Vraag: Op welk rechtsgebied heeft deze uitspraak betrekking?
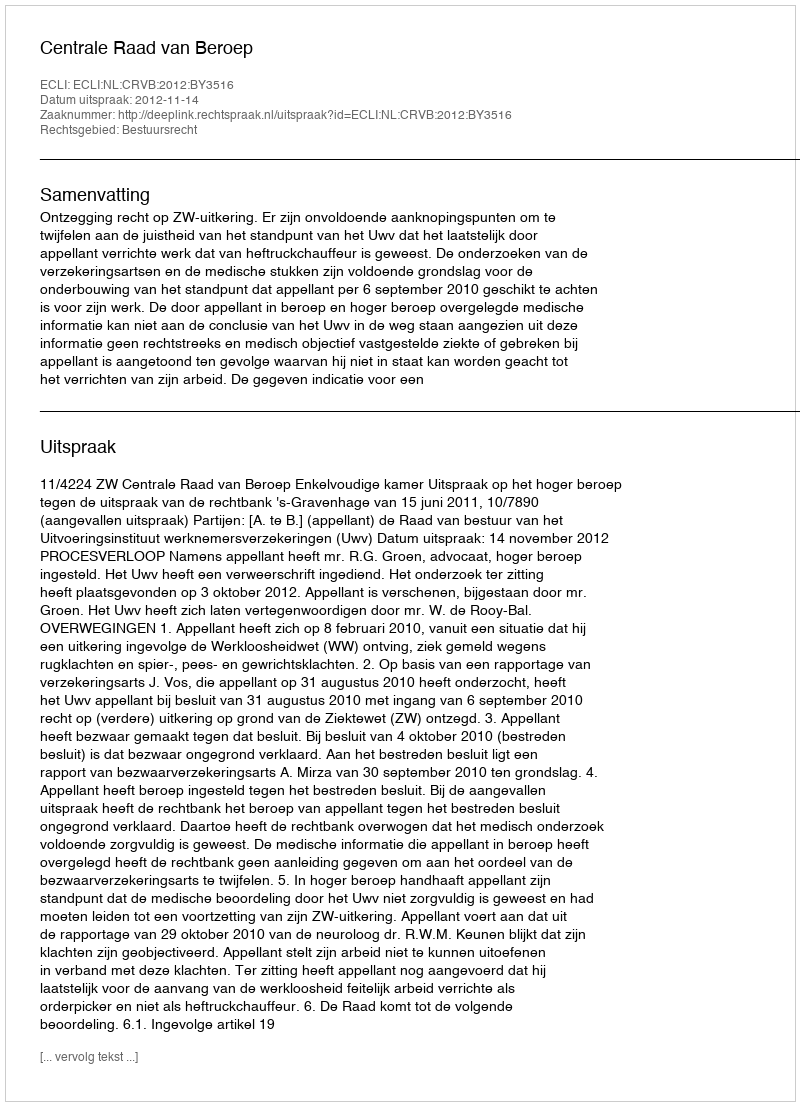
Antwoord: Bestuursrecht